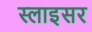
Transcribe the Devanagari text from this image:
स्लाइसर